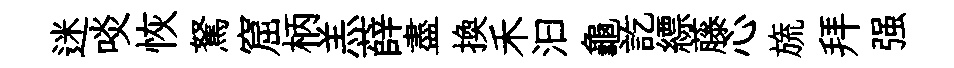
迷啖恢駑窟柄羔薛盡換禾汩龜訖縹藤心旒拜强